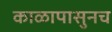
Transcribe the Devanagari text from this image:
काळापासुनच